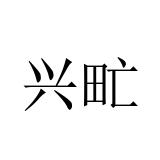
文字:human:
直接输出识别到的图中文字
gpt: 兴甿